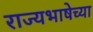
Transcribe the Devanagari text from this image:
राज्यभाषेच्या